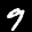
Label: 9